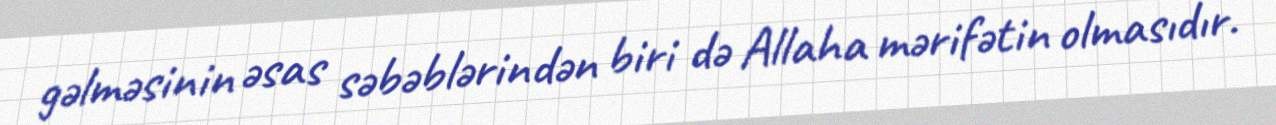
gəlməsinin əsas səbəblərindən biri də Allaha mərifətin olmasıdır.